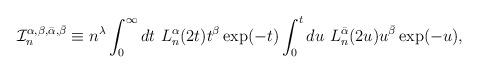
LaTeX: \begin{align*}\mathcal{I}^{\alpha, \beta, \bar{\alpha},\bar{\beta}}_{n}\equiv n^{\lambda} \int_{0}^{\infty}dt \ L_{n}^{\alpha}(2t) t^{\beta} \exp(-t) \int_{0}^{t}du \ L_{n}^{\bar{\alpha}}(2u) u^{\bar{\beta}} \exp(-u),\end{align*}